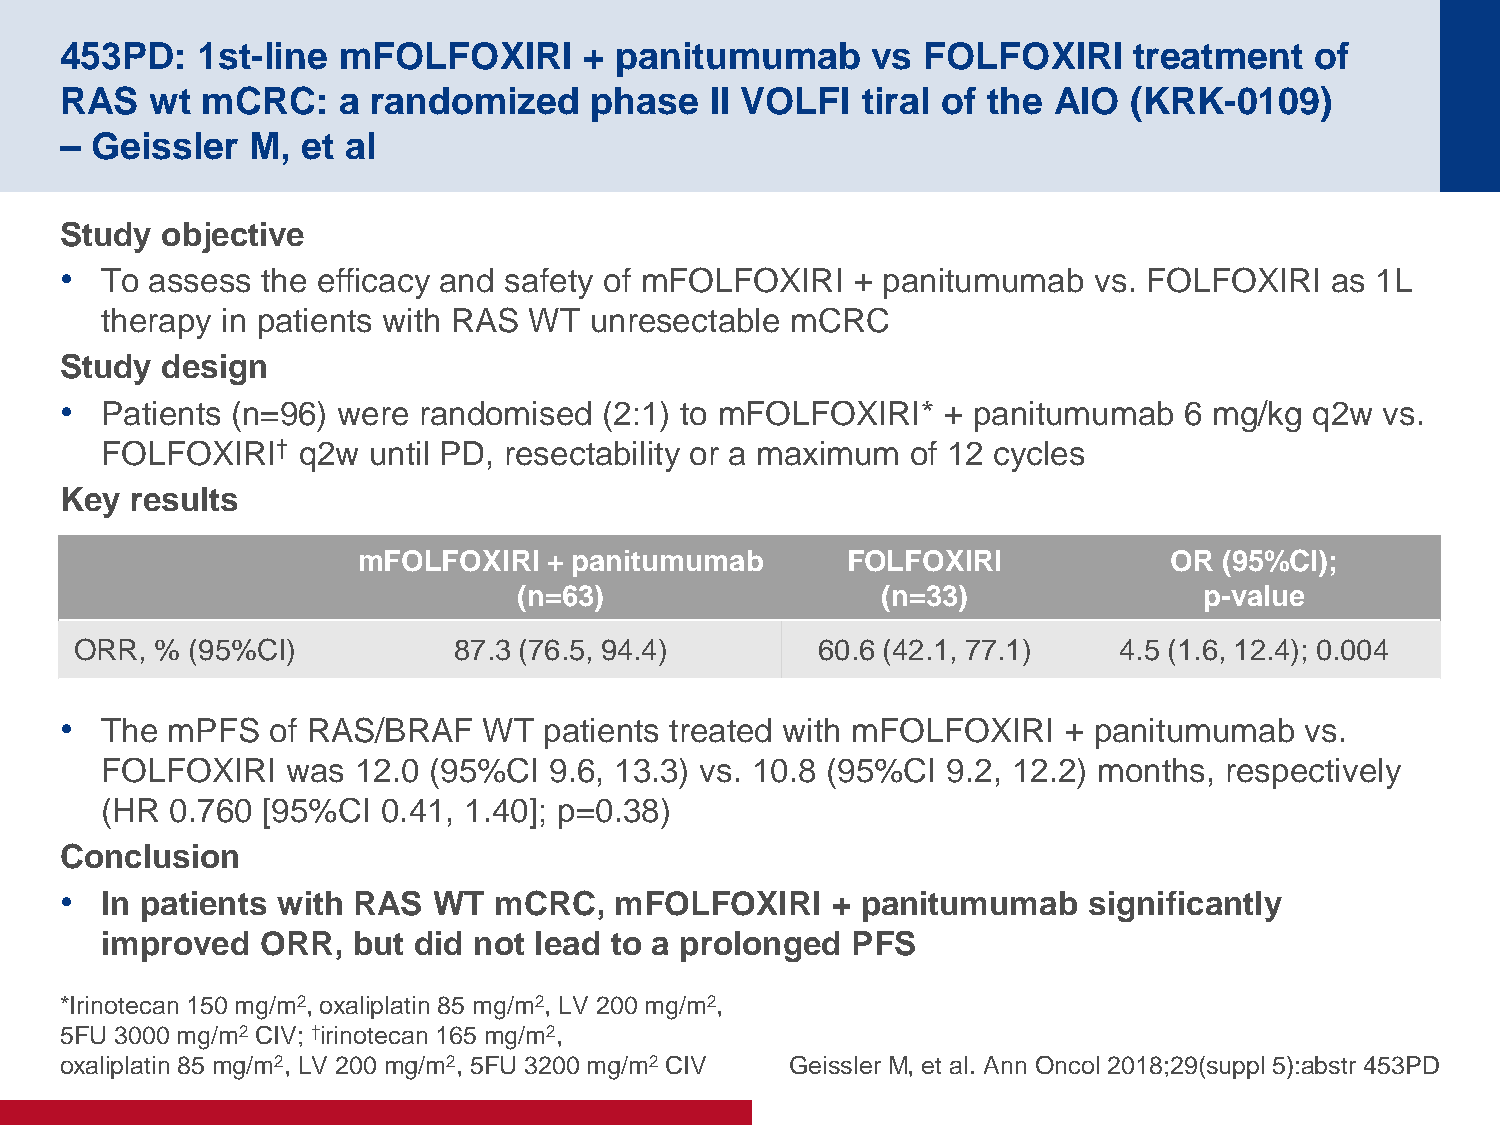
453PD:   1st-line mFOLFOXIRI       + panitumumab      vs FOLFOXIRI     treatment   of
 RAS   wt mCRC:    a  randomized    phase   II VOLFI  tiral of the AIO  (KRK-0109)
 – Geissler  M,  et al
 Study  objective
 •  To assess the efficacy and safety of mFOLFOXIRI   + panitumumab  vs. FOLFOXIRI   as 1L
 therapy in patients with RAS WT unresectable mCRC
 Study  design
 •  Patients (n=96) were randomised  (2:1) to mFOLFOXIRI*  + panitumumab   6 mg/kg  q2w  vs.
 FOLFOXIRI†   q2w until PD, resectability or a maximum of 12 cycles
 Key  results
 mFOLFOXIRI  + panitumumab       FOLFOXIRI            OR  (95%CI);
 (n=63)                  (n=33)                p-value
 ORR, % (95%CI)           87.3 (76.5, 94.4)       60.6 (42.1, 77.1)   4.5 (1.6, 12.4); 0.004
 •  The mPFS   of RAS/BRAF   WT  patients treated with mFOLFOXIRI  + panitumumab   vs.
 FOLFOXIRI   was 12.0 (95%CI  9.6, 13.3) vs. 10.8 (95%CI 9.2, 12.2) months, respectively
 (HR 0.760 [95%CI  0.41, 1.40]; p=0.38)
 Conclusion
 •  In patients with RAS  WT  mCRC,   mFOLFOXIRI    + panitumumab    significantly
 improved  ORR,  but did not lead to a prolonged  PFS
 *Irinotecan 150 mg/m2, oxaliplatin 85 mg/m2, LV 200 mg/m2,
 5FU 3000 mg/m2 CIV; †irinotecan 165 mg/m2,
 oxaliplatin 85 mg/m2, LV 200 mg/m2, 5FU 3200 mg/m2 CIV Geissler M, et al. Ann Oncol 2018;29(suppl 5):abstr 453PD